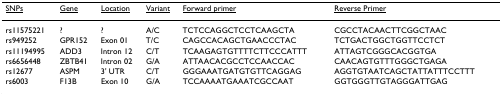
| <underline>SNPs</underline> | <underline>Gene</underline> | <underline>Location</underline> | <underline>Variant</underline> | <underline>Forward primer</underline> | <underline>Reverse Primer</underline> |
 | --- | --- | --- | --- | --- | --- |
 | rs11575221 | ? | ? | A/C | TCTCCAGGCTCCTCAAGCTA | CGCCTACAACTTCGGCTAAC |
 | rs949252 | GPR152 | Exon 01 | T/C | CAGCCACAGCTGAACCCTAC | TCTGACTGGCTGGTTCCTCT |
 | rs11194995 | ADD3 | Intron 12 | C/T | TCAAGAGTGTTTTCTTCCCATTT | ATTAGTCGGGCACGGTGA |
 | rs6656448 | ZBTB41 | Intron 02 | G/A | ATTAACACGCCTCCAACCAC | CAACAGTGTTTGGGCTGAGA |
 | rs12677 | ASPM | 3' UTR | C/T | GGGAAATGATGTGTTCAGGAG | AGGTGTAATCAGCTATTATTTCCTTT |
 | rs6003 | F13B | Exon 10 | G/A | TCCAAAATGAAATCGCCAAT | GGTGGGTTGTAGGGATTGAG |